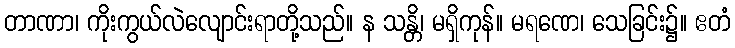
တာဏာ၊ ကိုးကွယ်လဲလျောင်းရာတို့သည်။ န သန္တိ၊ မရှိကုန်။ မရဏေ၊ သေခြင်း၌။ ဧတံ